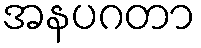
အနပဂတာ